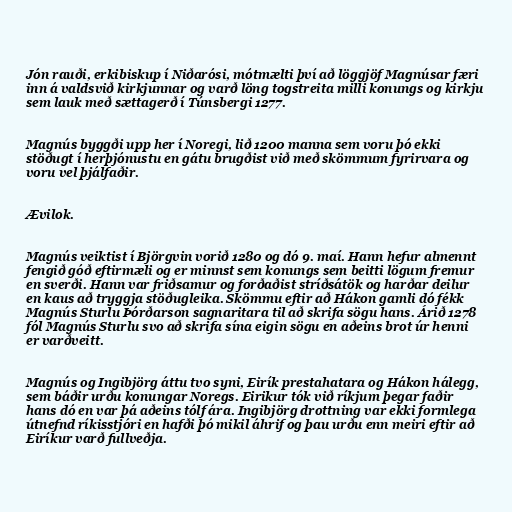
Jón rauði, erkibiskup í Niðarósi, mótmælti því að löggjöf Magnúsar færi
inn á valdsvið kirkjunnar og varð löng togstreita milli konungs og kirkju
sem lauk með sættagerð í Túnsbergi 1277.

Magnús byggði upp her í Noregi, lið 1200 manna sem voru þó ekki
stöðugt í herþjónustu en gátu brugðist við með skömmum fyrirvara og
voru vel þjálfaðir.

Ævilok.

Magnús veiktist í Björgvin vorið 1280 og dó 9. maí. Hann hefur almennt
fengið góð eftirmæli og er minnst sem konungs sem beitti lögum fremur
en sverði. Hann var friðsamur og forðaðist stríðsátök og harðar deilur
en kaus að tryggja stöðugleika. Skömmu eftir að Hákon gamli dó fékk
Magnús Sturlu Þórðarson sagnaritara til að skrifa sögu hans. Árið 1278
fól Magnús Sturlu svo að skrifa sína eigin sögu en aðeins brot úr henni
er varðveitt.

Magnús og Ingibjörg áttu tvo syni, Eirík prestahatara og Hákon hálegg,
sem báðir urðu konungar Noregs. Eirikur tók við ríkjum þegar faðir
hans dó en var þá aðeins tólf ára. Ingibjörg drottning var ekki formlega
útnefnd ríkisstjóri en hafði þó mikil áhrif og þau urðu enn meiri eftir að
Eiríkur varð fullveðja.